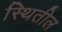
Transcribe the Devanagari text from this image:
स्थितील